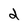
Character: d